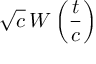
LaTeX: { \sqrt { c } } \, W \left( { \frac { t } { c } } \right)